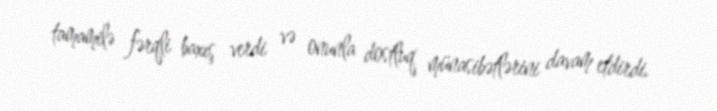
tamamilə fərqli baxış verdi və onunla dostluq münasibətlərini davam etdirdi.